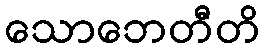
သောဘေတီတိ